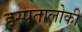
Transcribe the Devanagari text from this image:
हस्पतालोकी